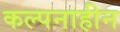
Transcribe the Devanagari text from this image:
कल्पनाहीन